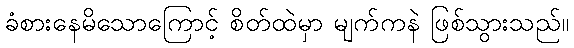
ခံစားနေမိသောကြောင့် စိတ်ထဲမှာ မျက်ကနဲ ဖြစ်သွားသည်။